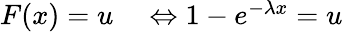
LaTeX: \begin{array}{rl}{F(x)=u}&{{}\Leftrightarrow 1-e^{-\lambda x}=u}\end{array}